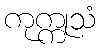
ကုက္ကုသံ